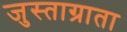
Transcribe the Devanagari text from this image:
जुस्ताग्राता